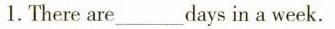
1. There are ___ days in a week.